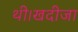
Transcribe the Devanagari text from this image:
थी।खदीजा